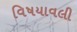
વિષયાવલી